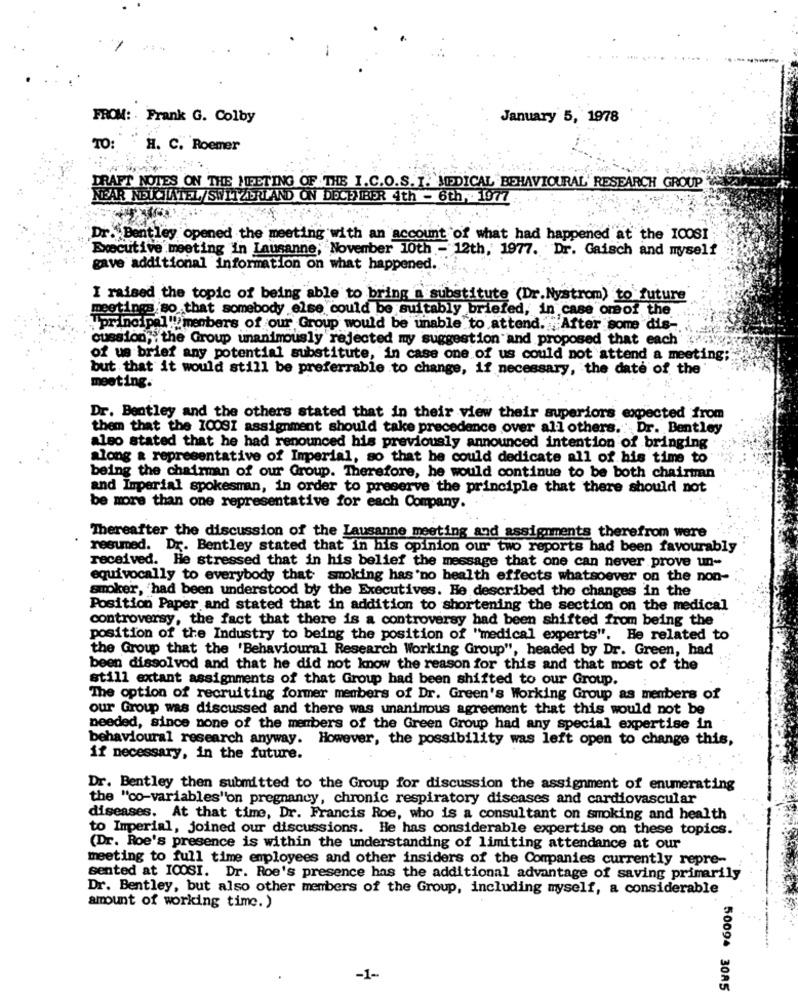
FROM: Frank G. Colby
January 5, 1978
TO: H. C. Roemer
DRAFT NOTES ON THE MEETING OF THE I.C.O.S. I. MEDICAL BEHAVIOURAL" RESEARCH GROUP
NEAR NEUCHATEL SWITZERLAND ON DECEMBER 4th - 6th, 1977
Dr. Bentley opened the meeting with an account of what had happened at the ICOS1
cutive meeting in Lausanne, November 10th - 12th, 1977. Dr. Gaisch and myself
gave additional information on what happened.
I raised the topic of being able to bring a substitute (Dr.Nystrom) to future
meetings so that somebody else could be suitably briefed, in case oreof the
principal""members of our Group would be unable to attend. After some dis-
cussion, the Group unanimously rejected my suggestion and proposed that each
of us brief any potential substitute, in case one of us could not attend a meeting;
but that it would still be preferrable to change, if necessary, the date of the
meeting.
Dr. Bentley and the others stated that in their view their superiors expected from
them that the 10031 assignment should take precedence over all others. Dr. Bentley
also stated that he had renounced his previously announced intention of bringing
along & representative of Imperial, so that he could dedicate all of his time to
being the chairman of our Group. Therefore, he would continue to be both chairman
and Imperial spokesman, in order to preserve the principle that there should not
be more than one representative for each Company.
Thereafter the discussion of the Lausanne meeting and assignments therefrom were
resummed. Dr. Bentley stated that in his opinion our two reports had been favourably
received. He stressed that in his belief the message that one can never prove un-
equivocally to everybody that smoking has 'no health effects whatsoever on the non-
smoker, 'had been understood by the Executives. He described the changes in the
Position Paper and stated that in addition to shortening the section on the medical
controversy, the fact that there is a controversy had been shifted from being the
position of the Industry to being the position of "medical experts". He related to
the Group that the 'Behavioural Research Working Group", headed by Dr. Green, had
been dissolved and that he did not know the reason for this and that most of the
still extant assignments of that Group had been shifted to our Group.
The option of recruiting former members of Dr. Green's Working Group as members of
our Group was discussed and there was unanimous agreement that this would not be
needed, since none of the members of the Green Group had any special expertise in
behavioural research anyway. However, the possibility was left open to change this,
if necessary, in the future.
Dr. Bentley then submitted to the Group for discussion the assignment of enumerating
the "co-variables"on pregnancy, chronic respiratory diseases and cardiovascular
diseases. At that time, Dr. Francis Roe, who is a consultant on smoking and health
to Imperial, joined our discussions. He has considerable expertise on these topics.
(Dr. Roe's presence is within the understanding of limiting attendance at our
meeting to full time employees and other insiders of the Companies currently repre-
sented at ICOSI. Dr. Roe's presence has the additional advantage of saving primarily
Dr. Bentley, but also other members of the Group, including myself, a considerable
amount of working time.)
-1-
50094 3085